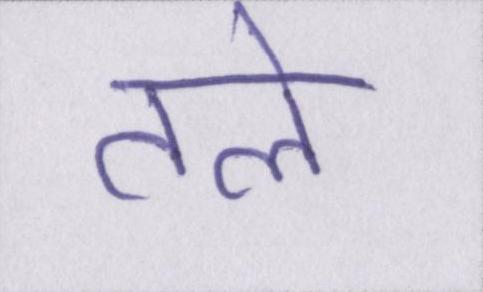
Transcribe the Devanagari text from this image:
तले